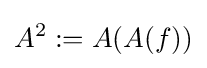
A^{2}:=A(A(f))